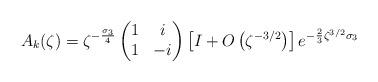
LaTeX: \begin{align*} A_k(\zeta) &= \zeta^{-\frac{\sigma_3}{4}}\begin{pmatrix}1&i\\1&-i\end{pmatrix} \left[I+O\left(\zeta^{-3/2}\right)\right] e^{-\frac{2}{3}\zeta^{3/2}\sigma_3} \end{align*}